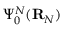
\Psi _ { 0 } ^ { N } ( { \bf R } _ { N } )